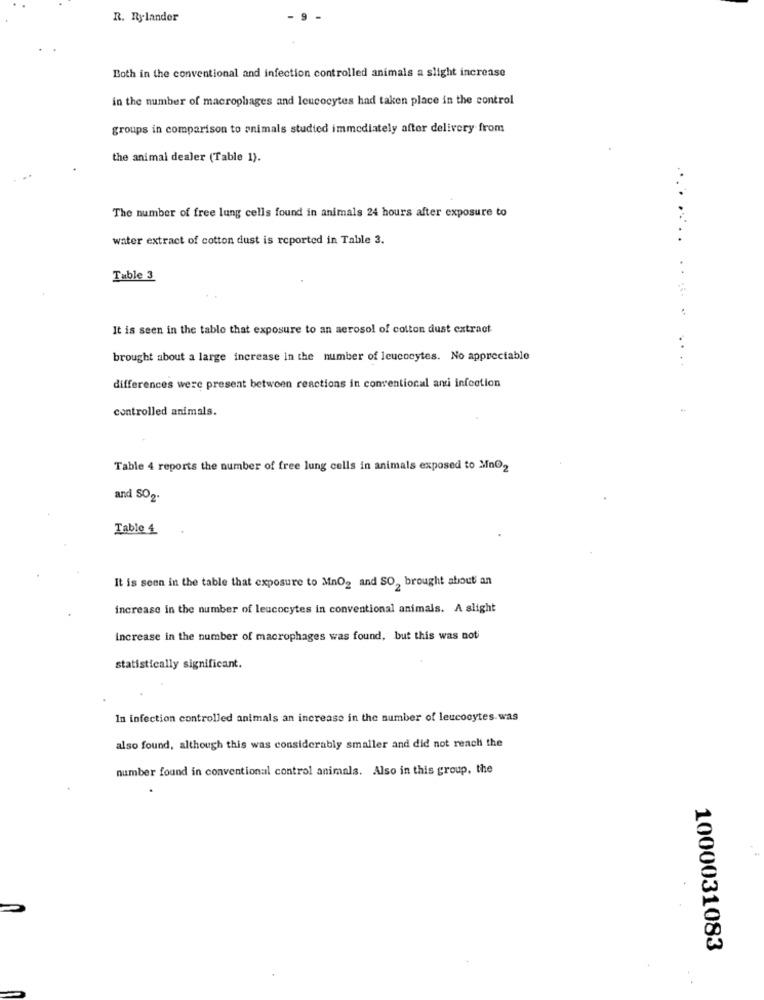
R. Rylander
Both in the conventional and infection controlled animals a slight increase
in the number of macrophages and leucocytes had taken place in the control
groups in comparison to animals studied immediately after delivery from
the animal dealer (Table 1).
The number of free lung cells found in animals 24 hours after exposure to
water extract of cotton dust is reported in Table 3.
........
Table 3
It is seen in the table that exposure to an aerosol of colton dust extract
brought about a large increase in the number of leucocytes. No appreciable
....
differences were present between reactions in conventional anti infection
controlled animals.
Table 4 reports the number of free lung cells in animals exposed to Mino2
and SO2.
Table 4
It is seen in the table that exposure to Mno2 and SO, brought about an
increase in the number of leucocytes in conventional animals. A slight
increase in the number of macrophages was found, but this was not'
statistically significant.
In infection controlled animals an increase in the number of leucocytes. was
also found, although this was considerably smaller and did not reach the
number found in conventional control animals. Also in this group, the
1000031083